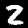
Label: 2